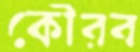
কৌরব